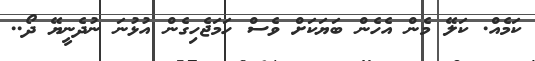
ކަމެއް. ކަލޭ މެން އެހެން ބަޔަކަށް ވެސް ހަމަޖެހިގެން އުޅުނަ ނުދެނީޔޭ ދޯ..